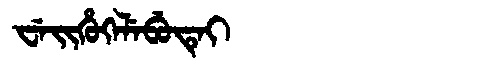
Manchu: ᠸᡝᡳᡥᡠᡴᡝᠯᡝᠪᡠᡨᡝᡳ
Romanization: WEIHUKELEBUTEI